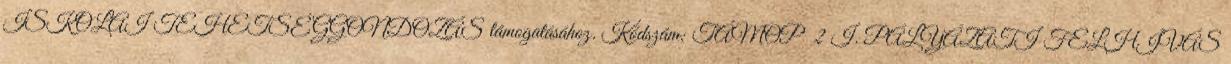
ISKOLAI TEHETSÉGGONDOZÁS támogatásához. Kódszám: TÁMOP 2 I. PÁLYÁZATI FELHÍVÁS